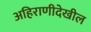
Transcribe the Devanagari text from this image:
अहिराणीदेखील